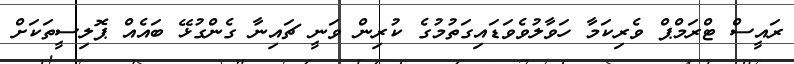
ރައީސް ޓްރަމްޕް ވެރިކަމާ ހަވާލުވެވަޑައިގަތުމުގެ ކުރިން ވަނީ ޗައިނާ ގެންގުޅޭ ބައެއް ޕޮލިސީތަކަށް